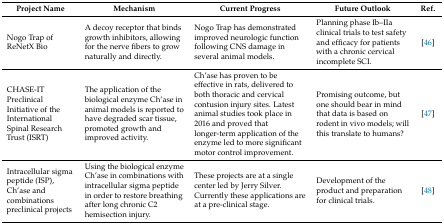
<table><thead><tr><td><b>Project Name</b></td><td><b>Mechanism</b></td><td><b>Current Progress</b></td><td><b>Future Outlook</b></td><td><b>Ref.</b></td></tr></thead><tbody><tr><td>Nogo Trap of ReNetX Bio</td><td>A decoy receptor that binds growth inhibitors, allowing for the nerve fibers to grow naturally and directly. </td><td>Nogo Trap has demonstrated improved neurologic function following CNS damage in several animal models.</td><td>Planning phase Ib–IIa clinical trials to test safety and efficacy for patients with a chronic cervical incomplete SCI.</td><td>[46]</td></tr><tr><td>CHASE-IT Preclinical Initiative of the International Spinal Research Trust (ISRT)</td><td>The application of the biological enzyme Ch’ase in animal models is reported to have degraded scar tissue, promoted growth and improved activity.</td><td>Ch’ase has proven to be effective in rats, delivered to both thoracic and cervical contusion injury sites. Latest animal studies took place in 2016 and proved that longer-term application of the enzyme led to more significant motor control improvement.</td><td>Promising outcome, but one should bear in mind that data is based on rodent in vivo models; will this translate to humans?</td><td>[47]</td></tr><tr><td>Intracellular sigma peptide (ISP), Ch’ase and combinations preclinical projects</td><td>Using the biological enzyme Ch’ase in combinations with intracellular sigma peptide in order to restore breathing after long chronic C2 hemisection injury.</td><td>These projects are at a single center led by Jerry Silver. Currently these applications are at a pre-clinical stage.</td><td>Development of the product and preparation for clinical trials.</td><td>[48]</td></tr></tbody></table>